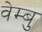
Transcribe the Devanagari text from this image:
वेम्बु